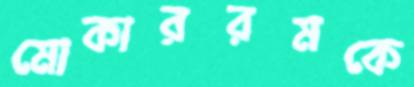
মোকাররমকে